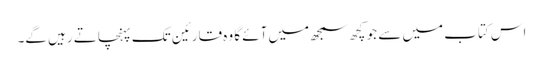
اس کتاب میں سے جو کچھ سمجھ میں آئے گا وہ قارئین تک پہنچاتے رہیں گے۔